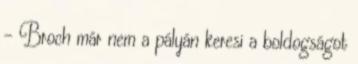
– Broch már nem a pályán keresi a boldogságot